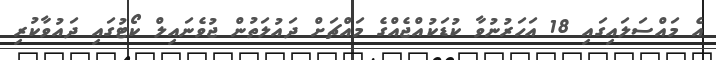
އެ މައްސަލައިގައި 18 އަހަރުނުވާ ކުޑަކުއްޖެއްގެ މައްޗަށް ދައުލަތުން ޖުވެނައިލް ކޯޓުގައި ދައުވާކުރި